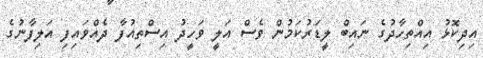
އިދިކޮޅު އިއްތިހާދުގެ ނައިބް ލީޑަރުކަމުން ވެސް އަލީ ވަހީދު އިސްތިއުފާ ދެއްވައިފި އަލިފާނުގެ